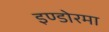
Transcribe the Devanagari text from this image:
इण्डोरमा